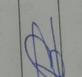
Signature authenticity: forged